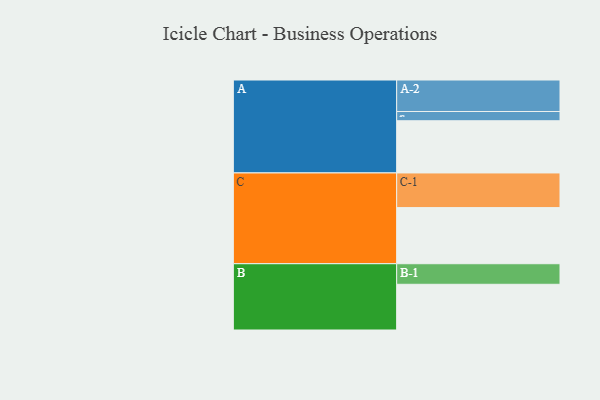
{"axis": {"x": "Segment", "y": "Value"}, "legend": ["", "A", "B", "C"], "data": [{"x": "A", "y": 411, "type": ""}, {"x": "B", "y": 360, "type": ""}, {"x": "C", "y": 442, "type": ""}, {"x": "A-1", "y": 73, "type": "A"}, {"x": "A-2", "y": 248, "type": "A"}, {"x": "B-1", "y": 162, "type": "B"}, {"x": "C-1", "y": 273, "type": "C"}]}